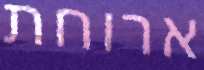
ארוחת